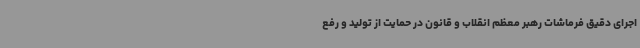
اجرای دقیق فرماشات رهبر معظم انقلاب و قانون در حمایت از تولید و رفع